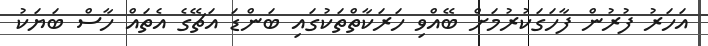
އަަހަރު ފުރުން ފާހަގަކުރުމަށް ބޭއްވި ހަރަކާތްތަކުގައި ބަންޑަ އަޗޭގެ އެތައް ހާސް ބަޔަކު